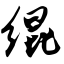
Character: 绲